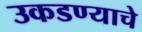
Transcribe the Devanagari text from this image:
उकडण्याचे